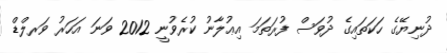
ދުނިޔޭގެ ހަކަތައިގެ ދުވަސް ފުރަތަމަ އިޢުލާނު ކުރެވުނީ 2012 ވަނަ އަހަރު ވަރލްޑް